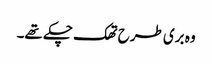
وہ بری طرح تھک چکے تھے۔